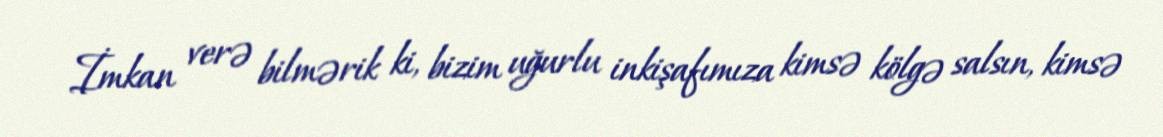
İmkan verə bilmərik ki, bizim uğurlu inkişafımıza kimsə kölgə salsın, kimsə